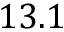
1 3 . 1